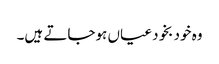
وہ خود بخود عیاں ہوجاتے ہیں۔